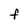
Character: F